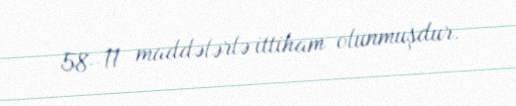
58–11 maddələrlə ittiham olunmuşdur.